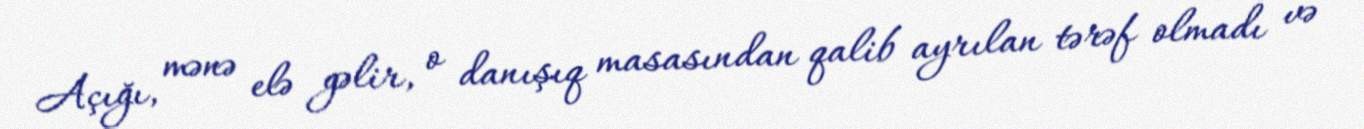
Açığı, mənə elə gəlir, o danışıq masasından qalib ayrılan tərəf olmadı və